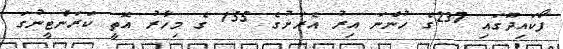
ފޯކައިދޫގައި 237ގެ ހުންނަ އިރު އެރަށުގެ 155 ގެ މިހާރު އޮތީ ކަރަންޓީނުގަ